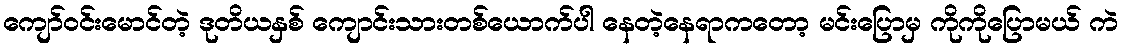
ကျော်ဝင်းမောင်တဲ့ ဒုတိယနှစ် ကျောင်းသားတစ်ယောက်ပါ နေတဲ့နေရာကတော့ မင်းပြောမှ ကိုကိုပြောမယ် ကဲ